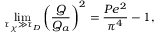
\operatorname* { l i m } _ { \tau _ { \chi } \gg \tau _ { D } } \left( \frac { Q } { Q _ { a } } \right) ^ { 2 } = \frac { P e ^ { 2 } } { \pi ^ { 4 } } - 1 ,